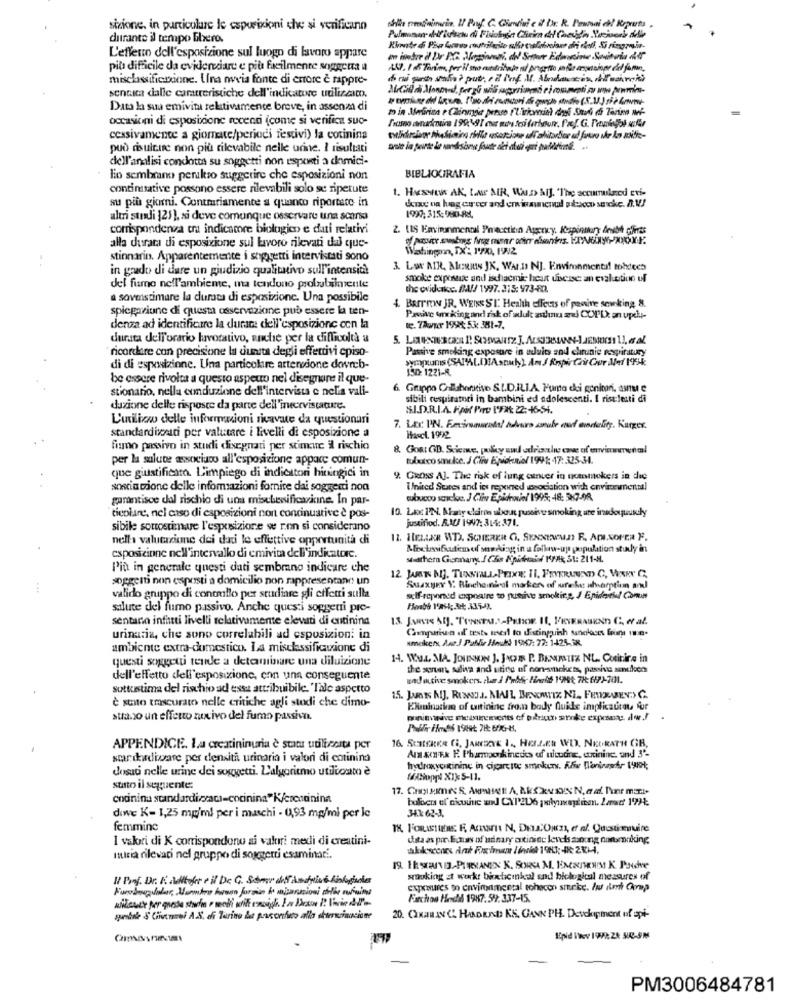
sizione. in particolare le esposizioni che si verificann
durante il tempo Libero.
L'effetto dell'esposizione sul luogo di lavoro appare
più difficile da evidencedare e più facilmente soggetta a
misclassificoone. Una novia fonte di errore è rappre-
senaica dalle caratteristiche dell'indicatore utilizando.
Data la sua emivitu relativamente breve, in assenza di
occasioni di esposizione recenti (come si verifica suo-
cessivamente a giomate/periodi festivi) la cotinina
può risultare non più rilevabile nelle urine. I risultati
dell'analisi condotta su soggetti non esposti a domici-
lo sembrano peralso suggerire che esposizioni non
BIBLIOGRAFIA
continitative possono essere rilevabili solo se ripetute
1. HoSHIN AK, LIMP MIR, WALD AIJ. "The accumulared Evi-
su più giorni. Contrariamente a quanto riportare in
altri studi 125), si deve comunque osservare una scarsa
1997; 315:980-88
corrispondena cra indicatore biologico e dati relativi
2. (IS Emviminmental Precction Agency, Kespinttury Anath pints
alla durata di esposizione sul lavoro rilevati dal que-
Washingon, TX: 1'7X), 1992
stinnarin. Apparentemente i soggetti intervistati sono
in grado di dare un giudizio qualitativo sull'intensit!
3. Low AIR, NewIs JK, WAr.D NJ. Environmental tobtees
smoke expenses and ischacmic heart disease: an cvaluctiue uf
del fume nell'ambiente, ma tendono probabilmente
the evidence. (MMf/ 1997.315: 973-802.
a sovestimare la durata di esposizione. Una possibile
4 BATTIw JR, WENNS SI. Health effects of pasive sewrking &
spiegazione di questa osservazione può essere la ten-
Pavive unking and risk of adult ztlum exi COIL an updu-
denza ad identificare la durace dell'esposizione con la
te. 7Auur 1950 5.3 381-7.
durata dell'orario lavorativo, anche per la difficoltà a
ricordare con precisione la duntta degli effettivi episo
Passive smoking exposure in adults and chronic respiratory
symptoms (SATALD):Astuly) Am J Respir Crit Cur Jef 195k
di di esposizione. Una particolare artenedone dovreb-
150: 1221-8.
be essere rivolta a questo aspeuo nel disegnare il que-
stionario, nella conduzione dell'intervista e nella vali-
6. Gruppo Collaborative S.L.D.IL.I.A. Fumo dei genitori, asnu e
sibili respiratori in bambini ed adolescenti. I risuletti di
dazione delle risposte da parte dell'inecrvistature.
S.I.D.R.I.A. FAR Pore IFA 22:4661.
L'utilicwo delle informazioni ricavate da questionari
standardisenti per valutare i livelli di esposizione a
7. Late I.N. Emiramaretal ndare male and deity. Karger.
Hasci. 1992
fismo passivo in studi disegnati per stimare il rischio
8. GoRt GD. Scicane, poly and adrocle one of enviareenml
per la salute associano all'esposizione appare comun-
tubutco smoke. J Chiv Epidemie/ 1991 -17:325-14.
que giustificato. L'impiego di indicator hiringici in
9. GROSS Al. The risk of lung cancer in noenmokers in die
sonciatione delle informazioni fornire dai soggetti non
United States and ies reported tosociation with enviremental
garantisce dal rischio di una misebesificavicine. In par-
tubucoo socko. J Clin Epidwie/ 1995: 48: 587-98.
10. Lax I'N. Many clara about passivt smoking une inadoyuundly
ticolare, nel caso di esposizioni nort condinuative è pos-
justifiod. 8.10/ 1997: 314: 371.
sibile sottostimare l'esposizione se non si considerano
nella valutazione dei dati le effettive opportunità di
Moctonificatem of souding in a follow-up population study in
esposizione nell'intervallo di emivita dell'indicatorc.
startem Gomany. / C&s Apideaif KFAR S1: 211-M.
Più in generale questi dati sembrano indicare che
12 Jan MJ. TINIALL-PEIXE II. FRYERUUND C, VARY C,
soggetti non esposti a domicilio non rappresentano! un
Suaxyer Y. Bincheinhal markers of sureke absorption and
valido gruppo di concello per studiare gli effetti sulla
self-reported expoaire to pusive smoking, J Epidemie Conn
salute del fumo passivo. Anche questi soggetti pre-
sentano infatti livelli relativamente elevati di entinina
Conpaiva of tests teil to distinguish sanches faire une.
urinaria, che sono correlabili ad csposizion: in
smoker, Ast J Pablir Hecho 1967: 77: 1425-38
ambiente extra-domestico. La misclassificatione di
questi soggetti tende a determinare una diluizione
14. W.L. MA. JOHNSON J. JACHT P. BENIMITZ NL. Cutirire in
the sten, saliva and uting of non-smokers, passive santker
dell'effetto dell'esposizione, con una conseguente
wad active smokers, che J Prbfr Hinett 1'7St; 7H: 617)-701.
sottustima del rischio ad essa attribuibile. 'Tale aspetto
è stato tmscurato nelle critiche agli studi che dimo-
ENuninaskan of unitininc from body fluids implicautou for
atraso un effetto nocivo del fumo passiva.
APPENDICE. La creatininuria è stata utiliserta per
16. SCHERER CI, JANERNE I ., HELLER WO. NEORATH GR.
star dadioare per densità urinaria i valori di cotinina
A &#1x P. Pharmponk incdes af ulcudne, auxininc. and 3'-
dosati nelle urine dei soggetti. L'algoritmo uticoam è
hydroxyo ining in cigarctoc smoker. A&w Wanisastr t99;
fSoppl X1): 5-11.
stato il seguente:
34.1 62-3.
dowe K- 1,25 mg'ml per i maschi - 0,93 mg/ml per le
femmine
1 vakıri di K corrispondono ai valori medi di creatini-
duta as pre Echas of urinary antininc levels mioog nunmaking
miria rilevati nel gruppo di soggetti esaminat ..
19. Hs-PURANEN K. SORSA M. ENCASHEWS K. Pude
smoking at work: birdicinkcal and biological measures of
Faroboulder, Mentre human formin ke majaraioni dithe suninne
exposures to environmental tohacon sterke. hu itm Cmp
Farchoo Hoch 1987.59: 337-15.
gundel &' Givermal A.S. di Torino la paserifiuto alla deciancione
20. CZKawINC HAADRID KS, GANN PH. Devekipment of spi-
PM3006484781